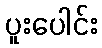
ပူးပေါင်း